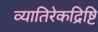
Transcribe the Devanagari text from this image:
व्यातिरेकद्रिष्टि